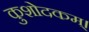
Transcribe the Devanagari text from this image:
कुशोदकम्।